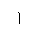
Letter: _alif